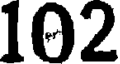
102